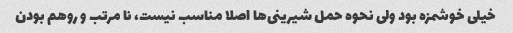
خیلی خوشمزه بود ولی نحوه حمل شیرینی‌ها اصلا مناسب نیست، نا مرتب و روهم بودن